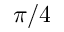
\pi / 4